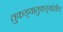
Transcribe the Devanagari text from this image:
तुकड्यातुकड्यांतील